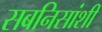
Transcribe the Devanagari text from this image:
सबनिसांशी